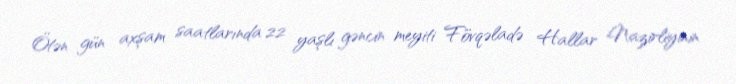
Ötən gün axşam saatlarında 22 yaşlı gəncin meyiti Fövqəladə Hallar Nazirliyinin